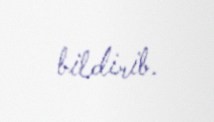
bildirib.